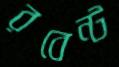
রবেন্ট